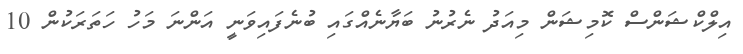
އިލްކްޝަންސް ކޮމިޝަން މިއަދު ނެރުނު ބަޔާނެއްގައި ބުނެފައިވަނީ އަންނަ މަހު ހަތަރަކުން 10